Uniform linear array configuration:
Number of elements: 48
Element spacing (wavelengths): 0.75
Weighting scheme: exponential
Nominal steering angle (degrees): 30
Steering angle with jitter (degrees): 29.464
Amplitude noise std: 0.05
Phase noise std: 0.05

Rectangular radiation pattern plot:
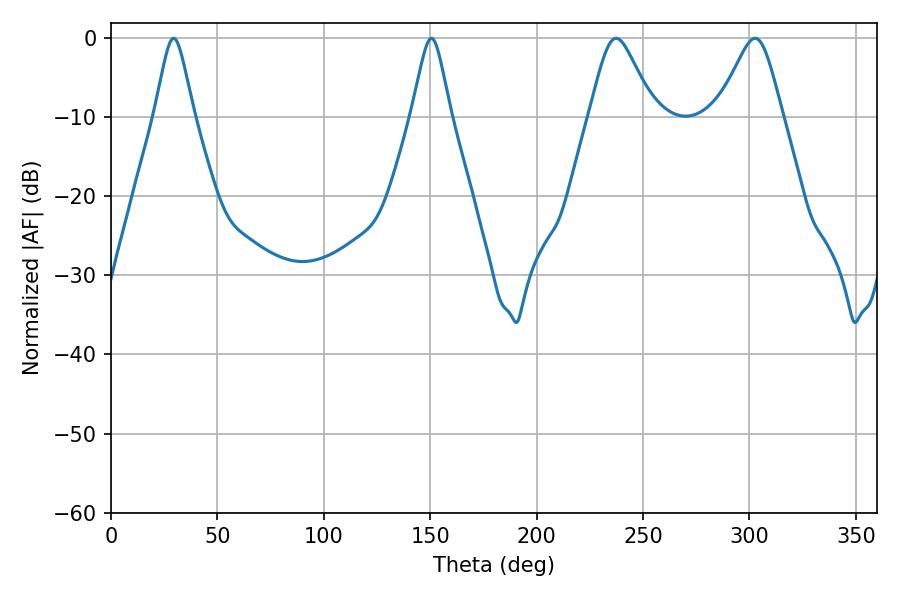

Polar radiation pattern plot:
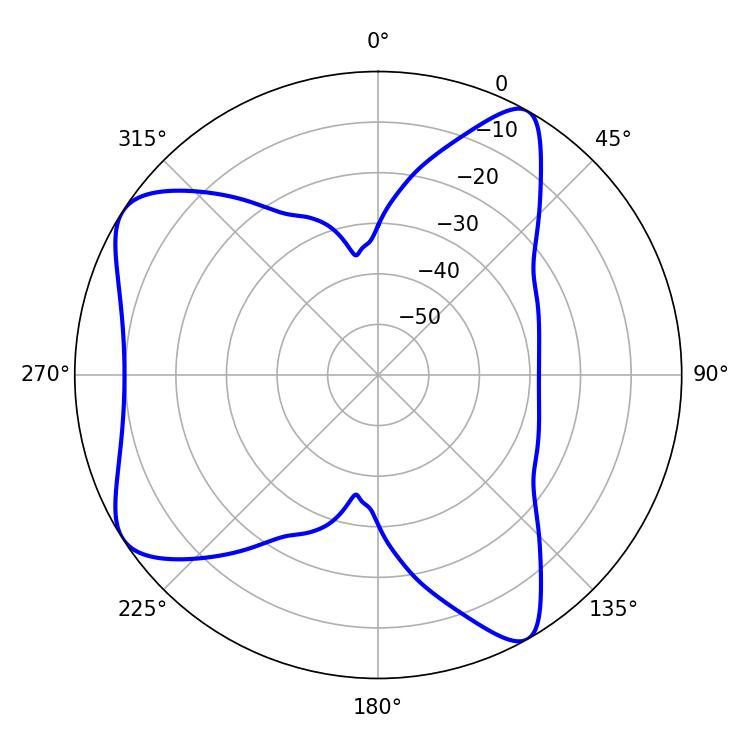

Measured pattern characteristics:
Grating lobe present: TRUE
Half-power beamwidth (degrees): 14.76
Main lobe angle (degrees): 237.42